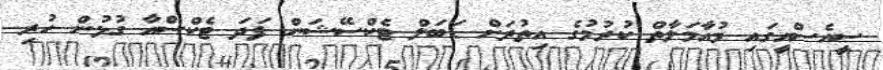
ސީއެސްއީގައި މުއާމަލާތް ކުރުމުގެ އިތުރަށް ޑަބަލް ޓެކްސޭޝަން ފަދަ ޓެކްސްއާ ގުޅުން ހުރި